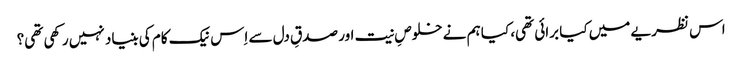
اس نظریے میں کیا برائی تھی، کیا ہم نے خلوصِ نیت اور صدقِ دل سے اِس نیک کام کی بنیاد نہیں رکھی تھی؟